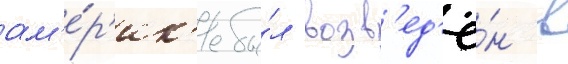
ам'е́р'ик'е бы́л возв'ед'ё́н в